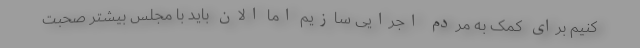
کنیم برای کمک به مردم اجرایی سازیم اما الان باید با مجلس بیشتر صحبت